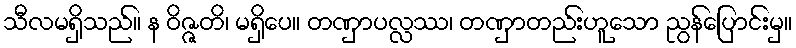
သီလမရှိသည်။ န ဝိဇ္ဇတိ၊ မရှိပေ။ တဏှာပလ္လဿ၊ တဏှာတည်းဟူသော ညွန်ပြောင်းမှ။